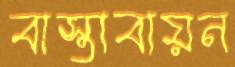
বাস্তাবায়ন